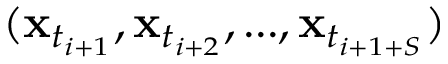
( \mathbf { x } _ { t _ { i + 1 } } , \mathbf { x } _ { t _ { i + 2 } } , . . . , \mathbf { x } _ { t _ { i + 1 + S } } )